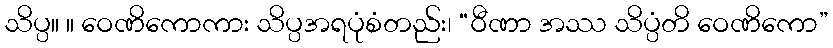
သိပ္ပ။ ။ ဝေဏိကောကား သိပ္ပအရပုံစံတည်း၊ “ဝီဏာ အဿ သိပ္ပံတိ ဝေဏိကော”